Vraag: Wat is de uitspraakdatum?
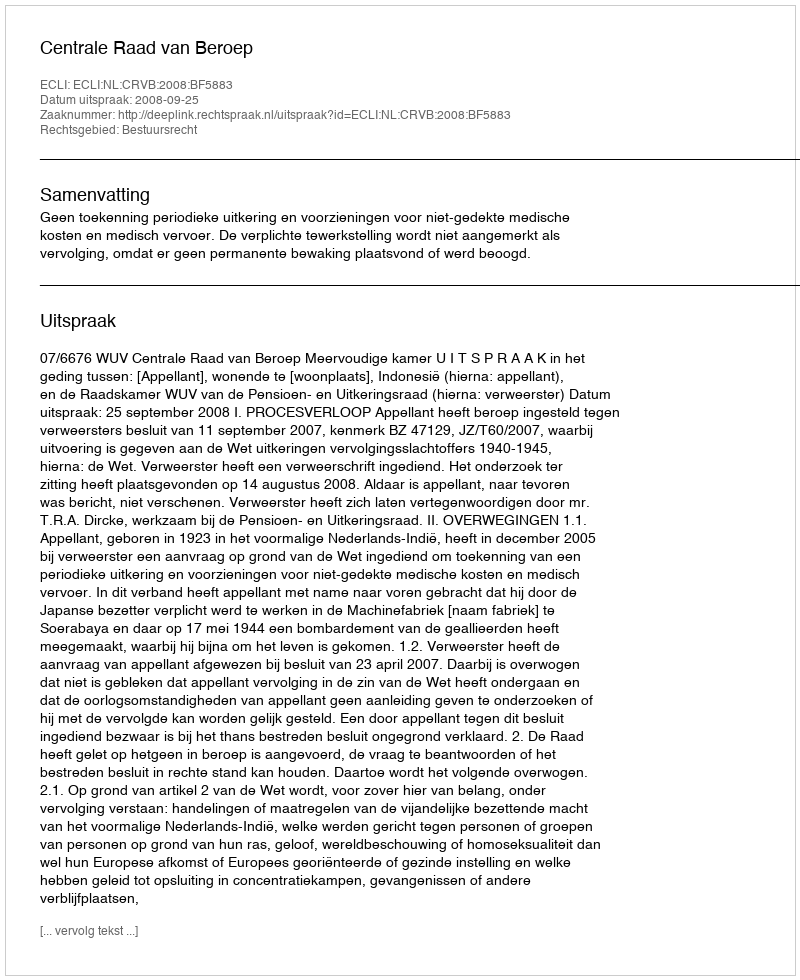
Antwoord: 2008-09-25